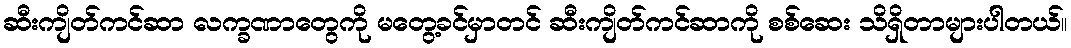
ဆီးကျိတ်ကင်ဆာ လက္ခဏာတွေကို မတွေ့ခင်မှာတင် ဆီးကျိတ်ကင်ဆာကို စစ်ဆေး သိရှိတာများပါတယ်။